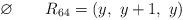
LaTeX: \begin{align*}\varnothing\quad\quad\begin{aligned}R_{64} &=( y,\ y+1,\ y) \end{aligned}\end{align*}